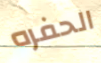
الحفره